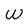
Character: W